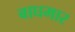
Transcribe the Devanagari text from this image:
बाघमार